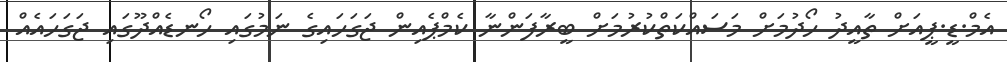
އެމް.ޑީ.ޕީއަށް ތާއީދު ހޯދުމަށް މަސައްކަތްކުރުމަށް ބީރާފަންނާ ކެމްޕެއިން ޖަގަހައިގެ ނަމުގައި ހޯނޑެއްދޫގައި ޖަގަހައެއް